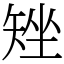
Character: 矬